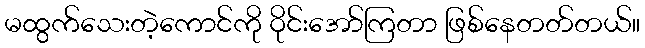
မထွက်သေးတဲ့ကောင်ကို ဝိုင်းအော်ကြတာ ဖြစ်နေတတ်တယ်။